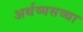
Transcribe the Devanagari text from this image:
अर्थव्यसव्था